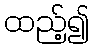
ထည့်၍